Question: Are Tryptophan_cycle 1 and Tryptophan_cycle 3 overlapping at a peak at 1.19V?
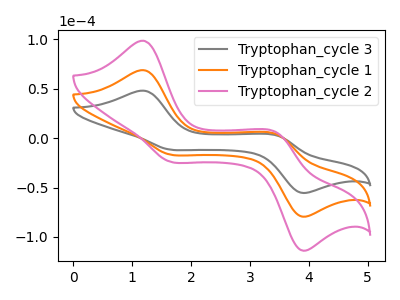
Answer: <think>The gray curve "Tryptophan_cycle 3" has anodic peaks at (1.20V, 48.00uA) (3.45V, 2.70uA) and cathodic peaks at (1.60V, -11.40uA) (3.85V, -55.05uA). The orange curve "Tryptophan_cycle 1" has anodic peaks at (1.20V, 68.75uA) (3.45V, 3.85uA) and cathodic peaks at (1.60V, -16.35uA) (3.85V, -78.85uA). The pink curve "Tryptophan_cycle 2" has anodic peaks at (1.20V, 137.45uA) (3.45V, 7.70uA) and cathodic peaks at (1.60V, -32.70uA) (3.85V, -157.65uA).</think>
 <answer>Yes, "Tryptophan_cycle 1" and "Tryptophan_cycle 3" share a peak at 1.19V.</answer>
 <eval>match</eval>